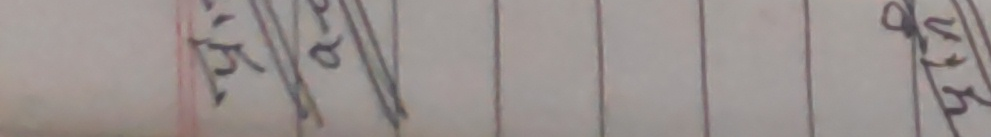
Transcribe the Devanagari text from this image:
र्म्या ९ जन्म